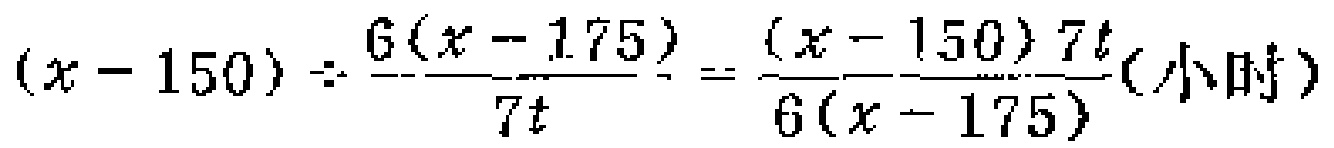
\((x - 150) \div \frac{6(x - 175)}{7t}=\frac{(x - 150)7t}{6(x - 175)}(\text{小时})\)